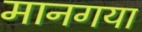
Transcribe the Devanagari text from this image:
मानगया